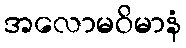
အလောမဝိမာနံ